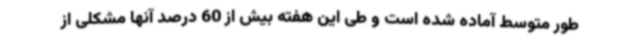
طور متوسط آماده شده است و طی این هفته بیش از 60 درصد آنها مشکلی از